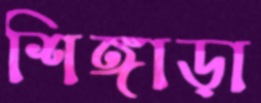
শিঙ্গাড়া